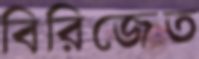
বিরিজেত